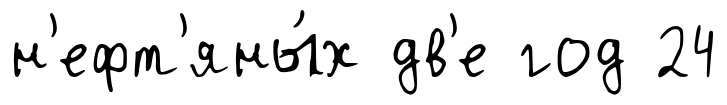
н'ефт'яны́х дв'е год 24